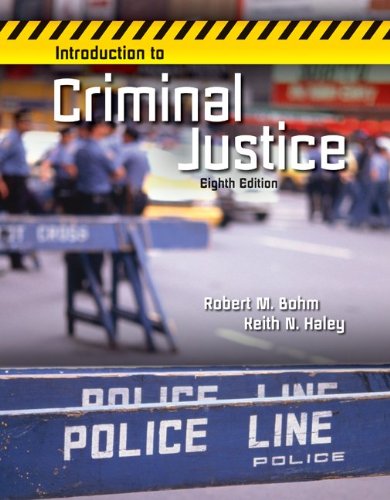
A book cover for INTRODUCTION TO CRIMINAL JUSTICE; Robert Bohm; Law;